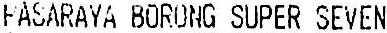
FASARAYA BORONG SUPER SEVEN.